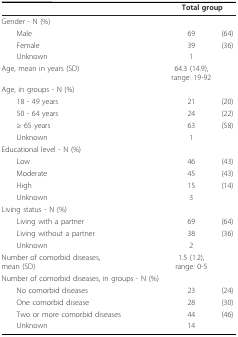
<table><thead><tr><td></td><td colspan="2"><b>Total group</b></td></tr></thead><tbody><tr><td>Gender - N (%)</td><td colspan="2"></td></tr><tr><td> Male</td><td>69</td><td>(64)</td></tr><tr><td> Female</td><td>39</td><td>(36)</td></tr><tr><td> Unknown</td><td>1</td><td></td></tr><tr><td>Age, mean in years (SD)</td><td>64.3 (14.9), range: 19-92</td><td></td></tr><tr><td>Age, in groups - N (%)</td><td colspan="2"></td></tr><tr><td> 18 - 49 years</td><td>21</td><td>(20)</td></tr><tr><td> 50 - 64 years</td><td>24</td><td>(22)</td></tr><tr><td> ≥ 65 years</td><td>63</td><td>(58)</td></tr><tr><td> Unknown</td><td>1</td><td></td></tr><tr><td>Educational level - N (%)</td><td colspan="2"></td></tr><tr><td> Low</td><td>46</td><td>(43)</td></tr><tr><td> Moderate</td><td>45</td><td>(43)</td></tr><tr><td> High</td><td>15</td><td>(14)</td></tr><tr><td> Unknown</td><td>3</td><td></td></tr><tr><td>Living status - N (%)</td><td colspan="2"></td></tr><tr><td> Living with a partner</td><td>69</td><td>(64)</td></tr><tr><td> Living without a partner</td><td>38</td><td>(36)</td></tr><tr><td> Unknown</td><td>2</td><td></td></tr><tr><td>Number of comorbid diseases, mean (SD)</td><td>1.5 (1.2), range: 0-5</td><td></td></tr><tr><td>Number of comorbid diseases, in groups - N (%)</td><td></td><td></td></tr><tr><td> No comorbid diseases</td><td>23</td><td>(24)</td></tr><tr><td> One comorbid disease</td><td>28</td><td>(30)</td></tr><tr><td> Two or more comorbid diseases</td><td>44</td><td>(46)</td></tr><tr><td> Unknown</td><td>14</td><td></td></tr></tbody></table>